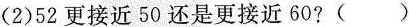
(2)52更接近50还是更接近60?()